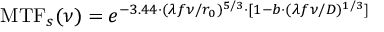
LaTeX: \operatorname { M T F } _ { s } ( \nu ) = e ^ { - 3 . 4 4 \cdot ( \lambda f \nu / r _ { 0 } ) ^ { 5 / 3 } \cdot [ 1 - b \cdot ( \lambda f \nu / D ) ^ { 1 / 3 } ] }